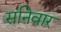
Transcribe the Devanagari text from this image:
सनिवार